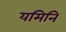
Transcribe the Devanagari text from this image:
यमिनि